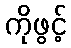
ကိုဖွင့်